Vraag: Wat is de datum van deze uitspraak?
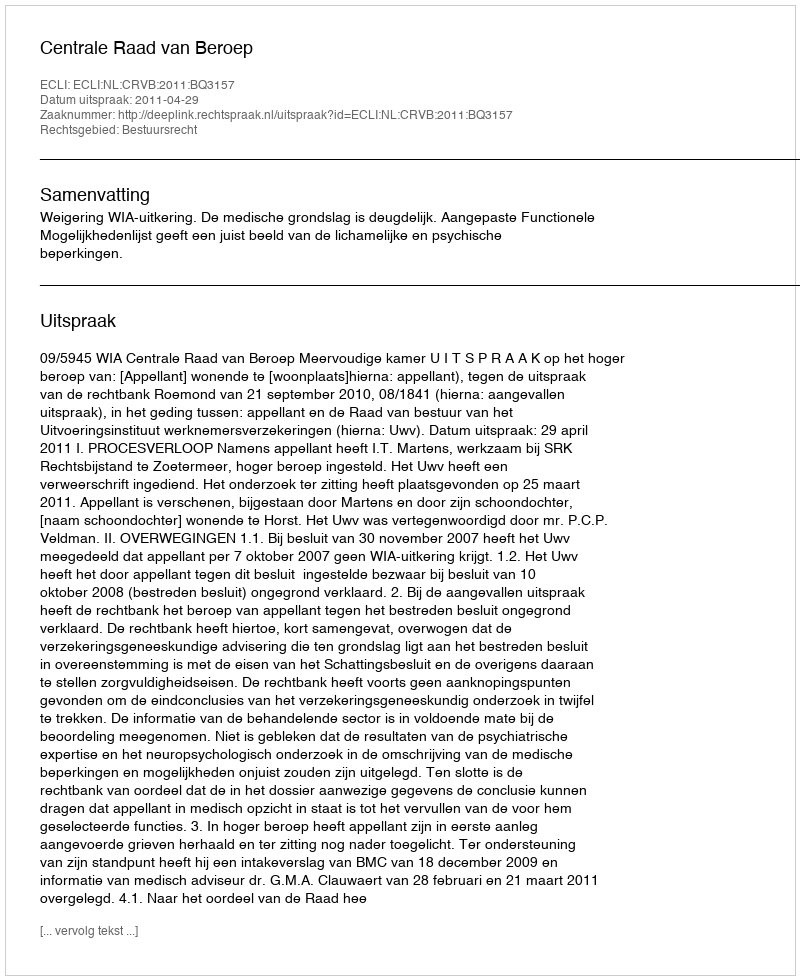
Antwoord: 2011-04-29